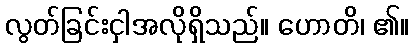
လွတ်ခြင်းငှါအလိုရှိသည်။ ဟောတိ၊ ၏။